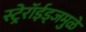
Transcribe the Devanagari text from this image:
स्ट्रेरॉईड्जमुळे